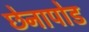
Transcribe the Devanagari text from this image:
छेनापोड